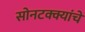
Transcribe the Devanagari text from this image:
सोनटक्क्यांचे